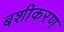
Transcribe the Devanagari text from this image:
बशीकरण